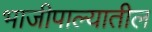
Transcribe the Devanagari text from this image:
भाजीपाल्यातील